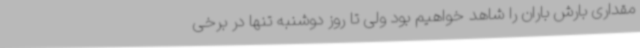
مقداری بارش باران را شاهد خواهیم بود ولی تا روز دوشنبه تنها در برخی